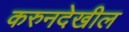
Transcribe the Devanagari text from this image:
करुनदेखील